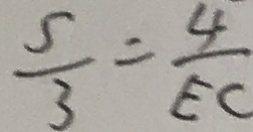
\frac { s } { 3 } = \frac { 4 } { E C }